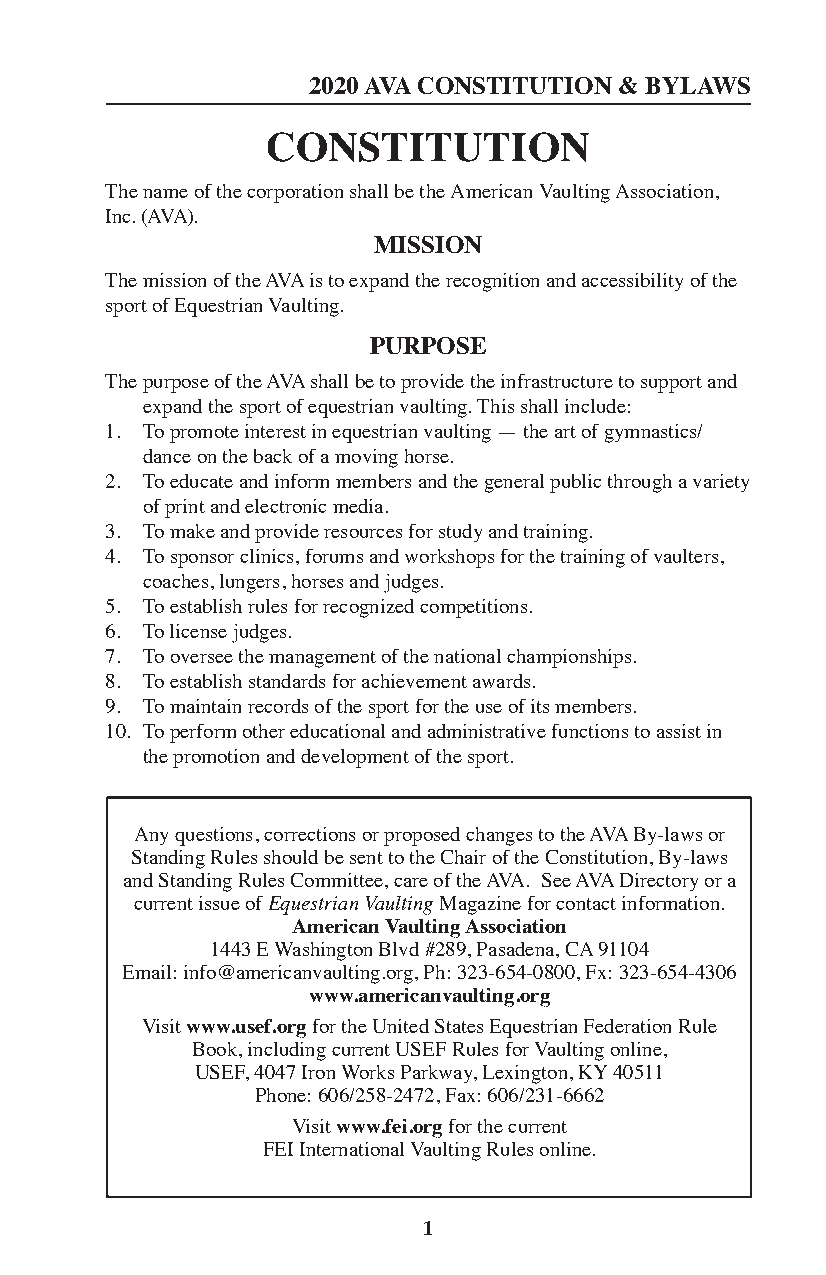
2020 AVA CONSTITUTION & BYLAWS
 CONSTITUTION
 The name of the corporation shall be the American Vaulting Association,
 Inc. (AVA).
 MISSION
 The mission of the AVA is to expand the recognition and accessibility of the
 sport of Equestrian Vaulting.
 PURPOSE
 The purpose of the AVA shall be to provide the infrastructure to support and
 expand the sport of equestrian vaulting. This shall include:
 1. To promote interest in equestrian vaulting — the art of gymnastics/
 dance on the back of a moving horse.
 2. To educate and inform members and the general public through a variety
 of print and electronic media.
 3. To make and provide resources for study and training.
 4. To sponsor clinics, forums and workshops for the training of vaulters,
 coaches, lungers, horses and judges.
 5. To establish rules for recognized competitions.
 6. To license judges.
 7. To oversee the management of the national championships.
 8. To establish standards for achievement awards.
 9. To maintain records of the sport for the use of its members.
 10. To perform other educational and administrative functions to assist in
 the promotion and development of the sport.
 Any questions, corrections or proposed changes to the AVA By-laws or
 Standing Rules should be sent to the Chair of the Constitution, By-laws
 and Standing Rules Committee, care of the AVA. See AVA Directory or a
 current issue of Equestrian Vaulting Magazine for contact information.
 American Vaulting Association
 1443 E Washington Blvd #289, Pasadena, CA 91104
 Email: info@americanvaulting.org, Ph: 323-654-0800, Fx: 323-654-4306
 www.americanvaulting.org
 Visit www.usef.org for the United States Equestrian Federation Rule
 Book, including current USEF Rules for Vaulting online,
 USEF, 4047 Iron Works Parkway, Lexington, KY 40511
 Phone: 606/258-2472, Fax: 606/231-6662
 Visit www.fei.org for the current
 FEI International Vaulting Rules online.
 1